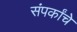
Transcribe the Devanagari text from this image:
संपर्कांचे